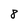
Character: 8